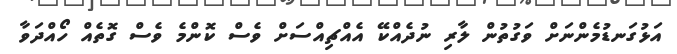
އަޅުގަނޑުމެންނަށް ވަގުތުން ލާރި ނުދެއްކޭ އެއްޗިއްސަށް ވެސް ކޮންމެ ވެސް ގޮތެއް ހޯއްދަވާ